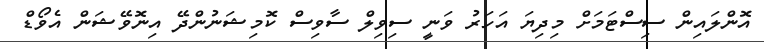
އޮންލައިން ސިސްޓަމަށް މިދިޔަ އަހަރު ވަނީ ސިވިލް ސާވިސް ކޮމިޝަނުންދޭ އިނޮވޭޝަން އެވޯޑް